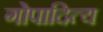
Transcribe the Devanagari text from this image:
गोपादित्य